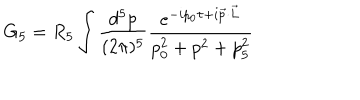
LaTeX: G _ { 5 } = R _ { 5 } \int \frac { d ^ { 5 } p } { ( 2 \pi ) ^ { 5 } } \frac { e ^ { - i p _ { 0 } \tau + i \vec { p } \cdot \vec { L } } } { p _ { 0 } ^ { 2 } + p ^ { 2 } + p _ { 5 } ^ { 2 } }